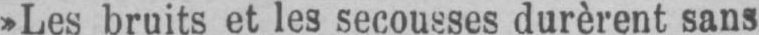
»Les bruits et les secousses durèrent sans